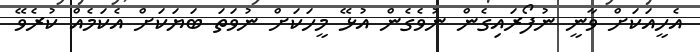
އެހީއަކަށް ވާނީ ނުފޯރައިގެން ނުވެގެން އުޅޭ މީހަކަށް ނުވަތަ ބަޔަކަށް އެކަމެއް ކުރެވޭ